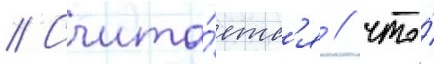
// Счита́етс'я / что́